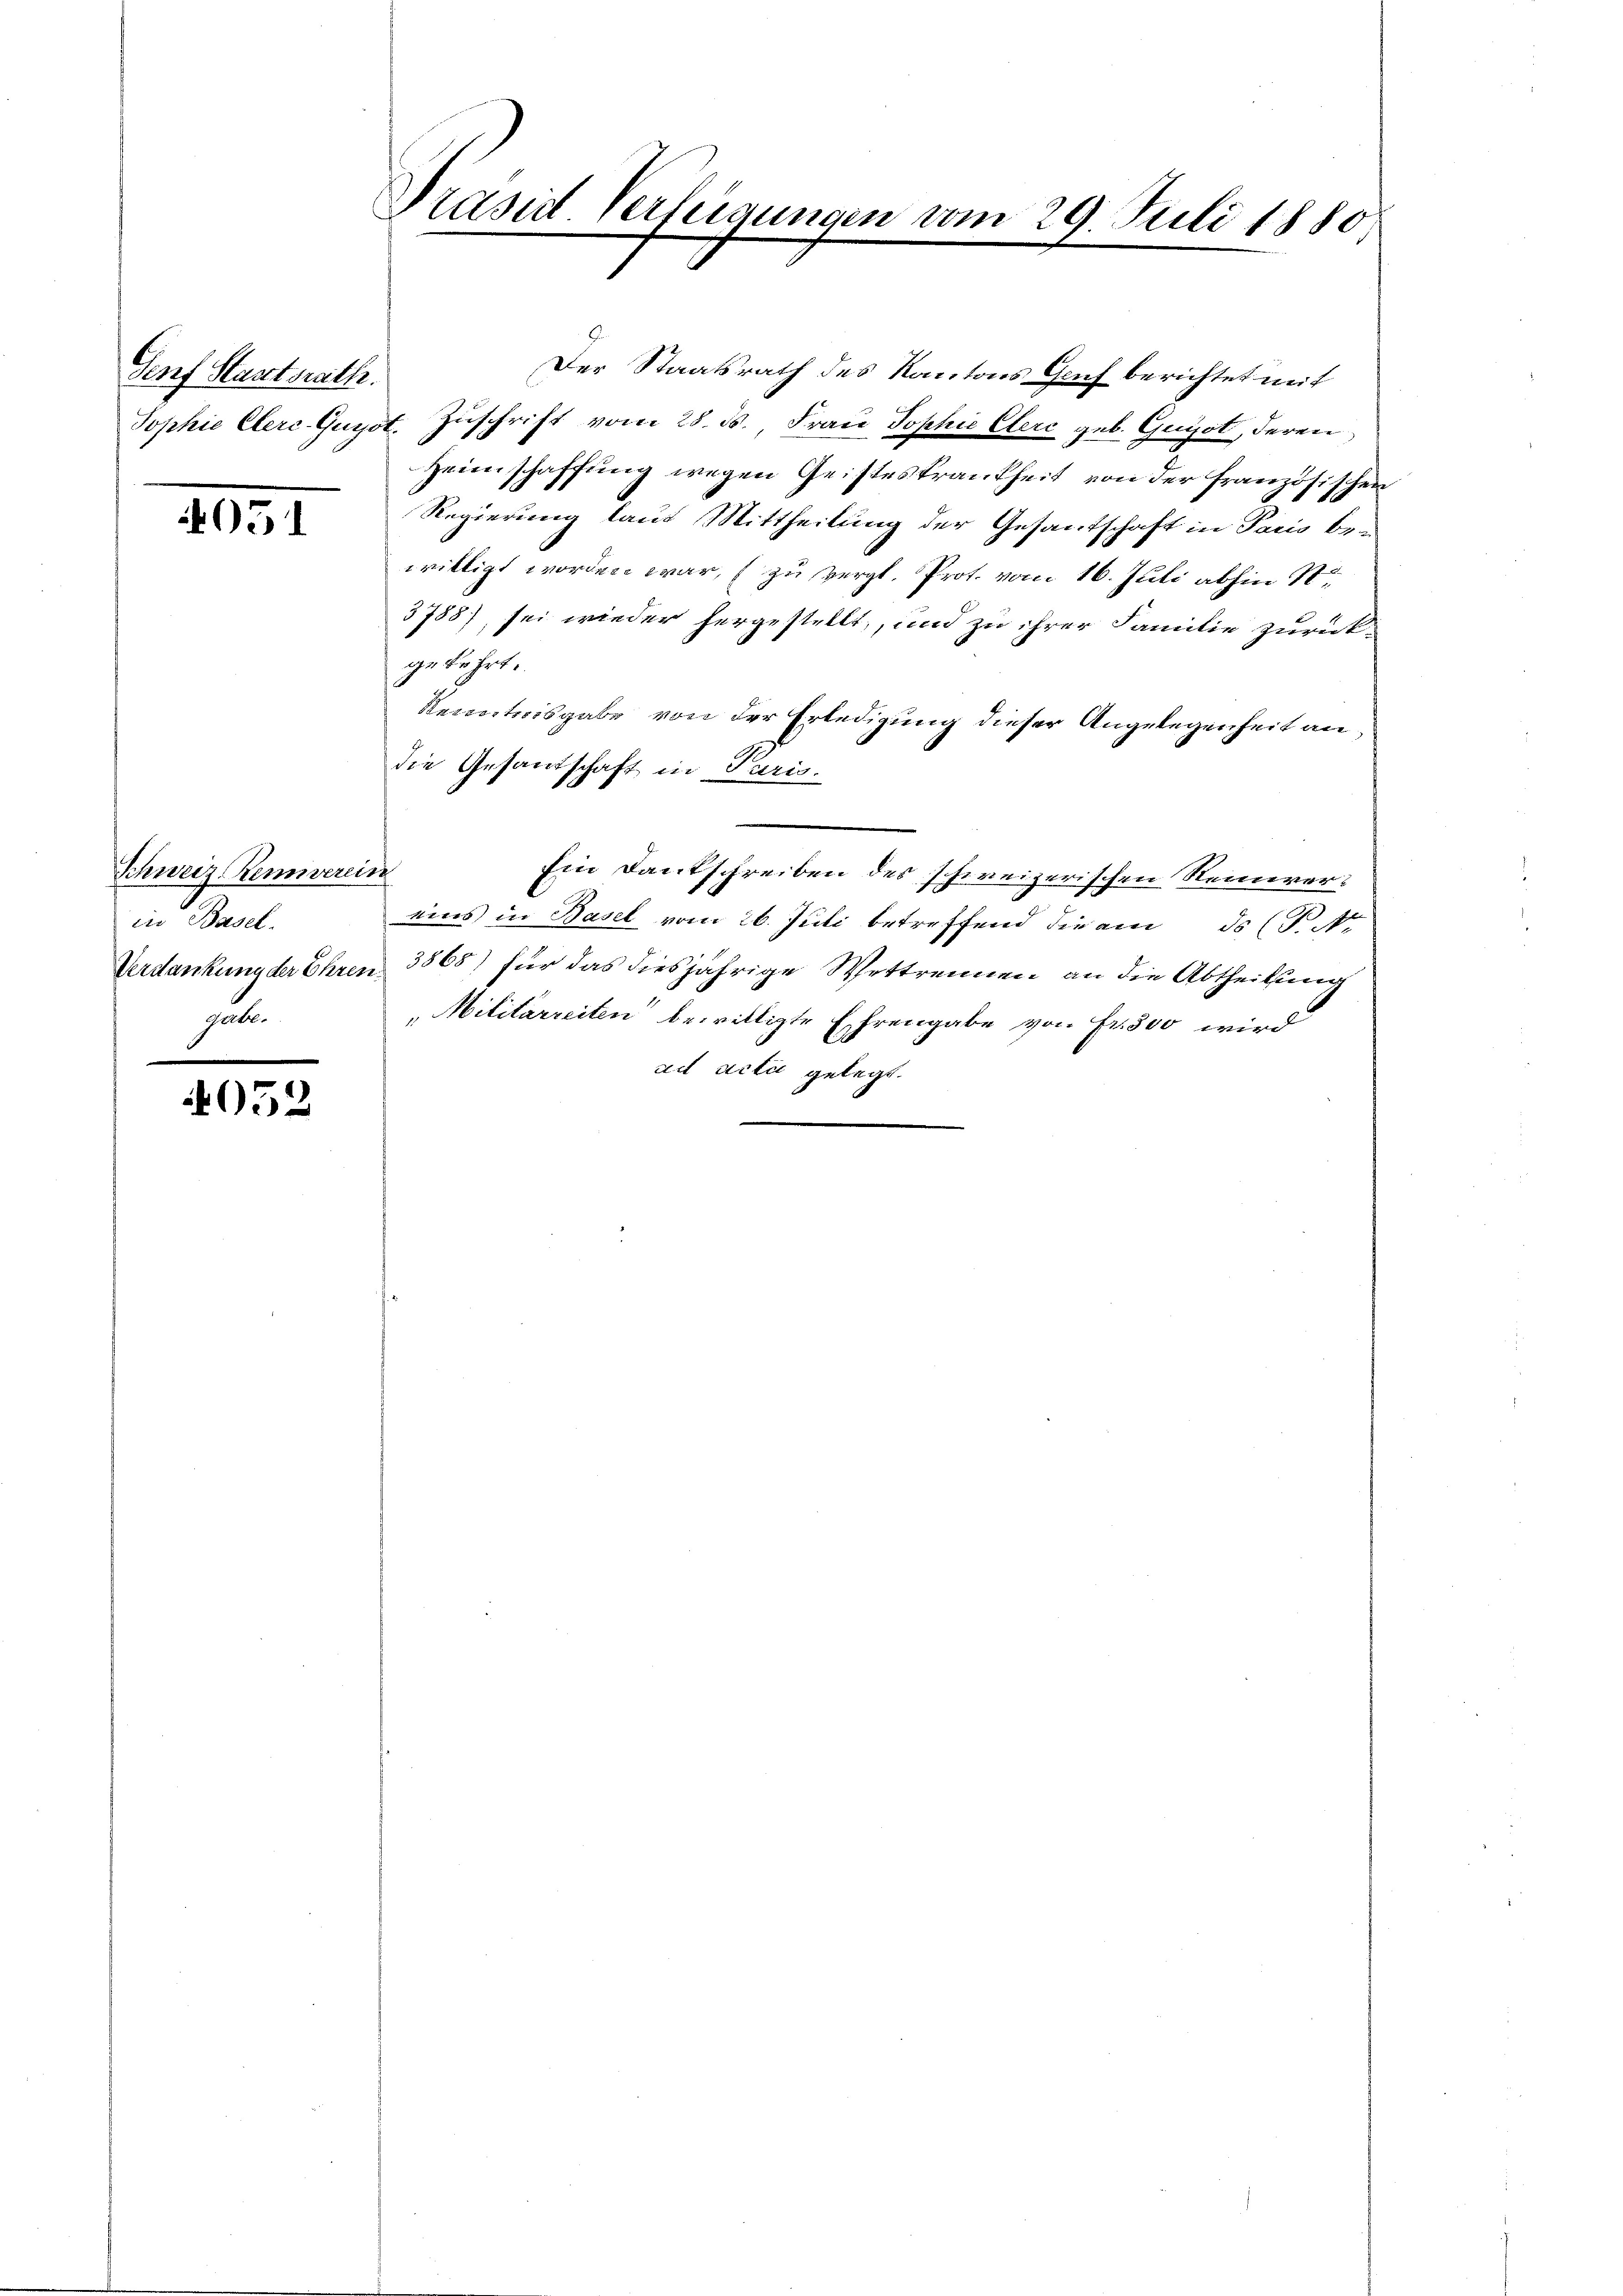
Genf Staatsrath.
Sophie Clerc-Guyo

051

Schweiz. Rennverei
in Basel.
Verdankung der Ehres
gabt.

4052

Prasirt Verfeigungen vom 29. Juli 1880

Der Staatsrath des Kantons Gruf berichtet mit
. Zuschrift vom 28. ds. Frau Sophie Clerc geb. Guyst, deren
Heimschaffung wegen Geisteskrankheit von der französischer
Regierung laut Mittheilung der Gesantschaft in Paris be-
willigt worden war, zu vergl. Prot. vom 16. Juli abhin St.
3788), sei wieder hergestellt, und zu ihrer Familie zurückgekehrt.
Kenntnisgabe von der Erledigung dieser Angelegenheit an
die Gesandschaft in Paris.
.
Ein Dankschreiben des schweizerischen Reinivereins in Basel vom 26. Juli betreffend die am ds P. Nr.
3868) für das diesjährige Wettrennen an die Abtheilung
"Militärreiten bewilligte Ehrengabe von Fr. 500 wird
ad Acta gelegt.